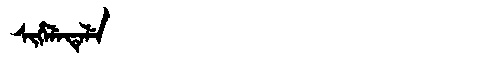
Manchu: ᠰᡳᡥᡝᠯᡝᡨᡝᠯᡝ
Romanization: SIHELETELE